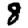
Digit: 8